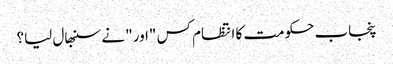
پنجاب حکومت کا انتظام کس "اور" نے سنبھال لیا؟